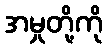
အမှုတို့ကို